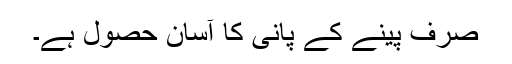
صرف پینے کے پانی کا آسان حصول ہے۔